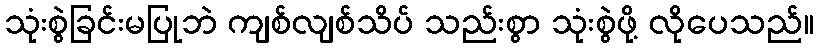
သုံးစွဲခြင်းမပြုဘဲ ကျစ်လျစ်သိပ် သည်းစွာ သုံးစွဲဖို့ လိုပေသည်။